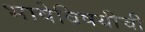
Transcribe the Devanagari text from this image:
भाषेविषयीची